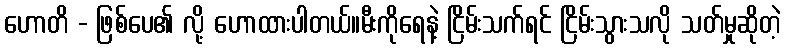
ဟောတိ - ဖြစ်ပေ၏ လို့ ဟောထားပါတယ်။မီးကိုရေနဲ့ ငြိမ်းသက်ရင် ငြိမ်းသွားသလို သတ်မှုဆိုတဲ့